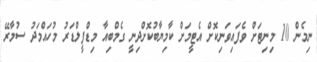
ނިމެން 10 މިނިޓަށް ވެފައިވަނިކޮށް އެޓީމަށް ކާމިޔާބުކޮށްދިނީ ގެމްބިއާ މިޑްފީލްޑަރު މުހައްމަދު ސުމާރޭ